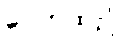
ပေကထဉှိ